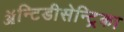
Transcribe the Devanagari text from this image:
ॲन्टिडीसेन्ट्रिका